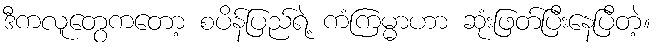
ဒီကလူတွေကတော့ စပိန်ပြည်ရဲ့ ကံကြမ္မာဟာ ဆုံးဖြတ်ပြီးနေပြီတဲ့။